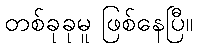
တစ်ခုခုမူ ဖြစ်နေပြီ။